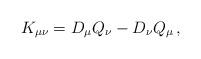
LaTeX: \begin{align*}K_{\mu\nu} = D_{\mu}Q_{\nu} - D_{\nu}Q_{\mu}\,,\end{align*}